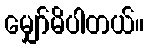
မျှော်မိပါတယ်။